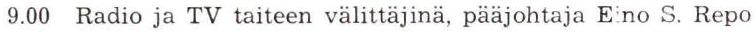
9.00 Radio ja TV taiteen välittäjinä, pääjohtaja Eino S. Repo